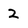
Character: 2